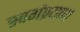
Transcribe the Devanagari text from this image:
स्वर्गप्रयाण